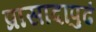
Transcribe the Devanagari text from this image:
प्रासादापुढं